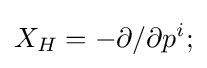
X_{H}=-\partial /\partial p^{i};